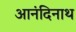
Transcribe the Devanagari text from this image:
आनंदिनाथ